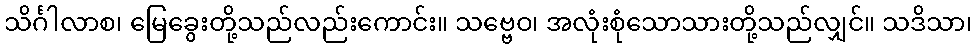
သိင်္ဂါလာစ၊ မြေခွေးတို့သည်လည်းကောင်း။ သဗ္ဗေဝ၊ အလုံးစုံသောသားတို့သည်လျှင်။ သဒိသာ၊